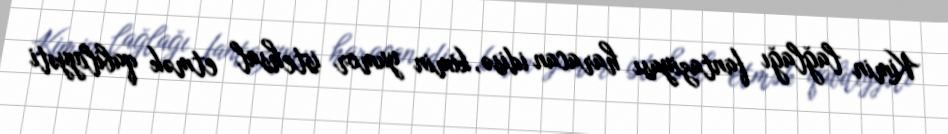
Kimin lağlağı fantaziyası haracan idisə, kimin yumor istehsal etmək qabiliyyəti